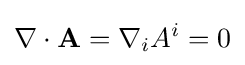
\nabla \cdot \mathbf {A} =\nabla _{i}A^{i}=0